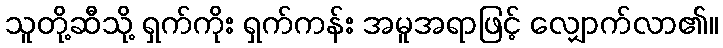
သူတို့ဆီသို့ ရှက်ကိုး ရှက်ကန်း အမူအရာဖြင့် လျှောက်လာ၏။